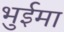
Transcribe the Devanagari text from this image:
भुईमा